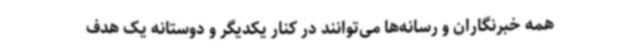
همه خبرنگاران و رسانه‌ها می‌توانند در کنار یکدیگر و دوستانه یک هدف